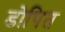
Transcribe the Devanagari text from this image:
डोपित